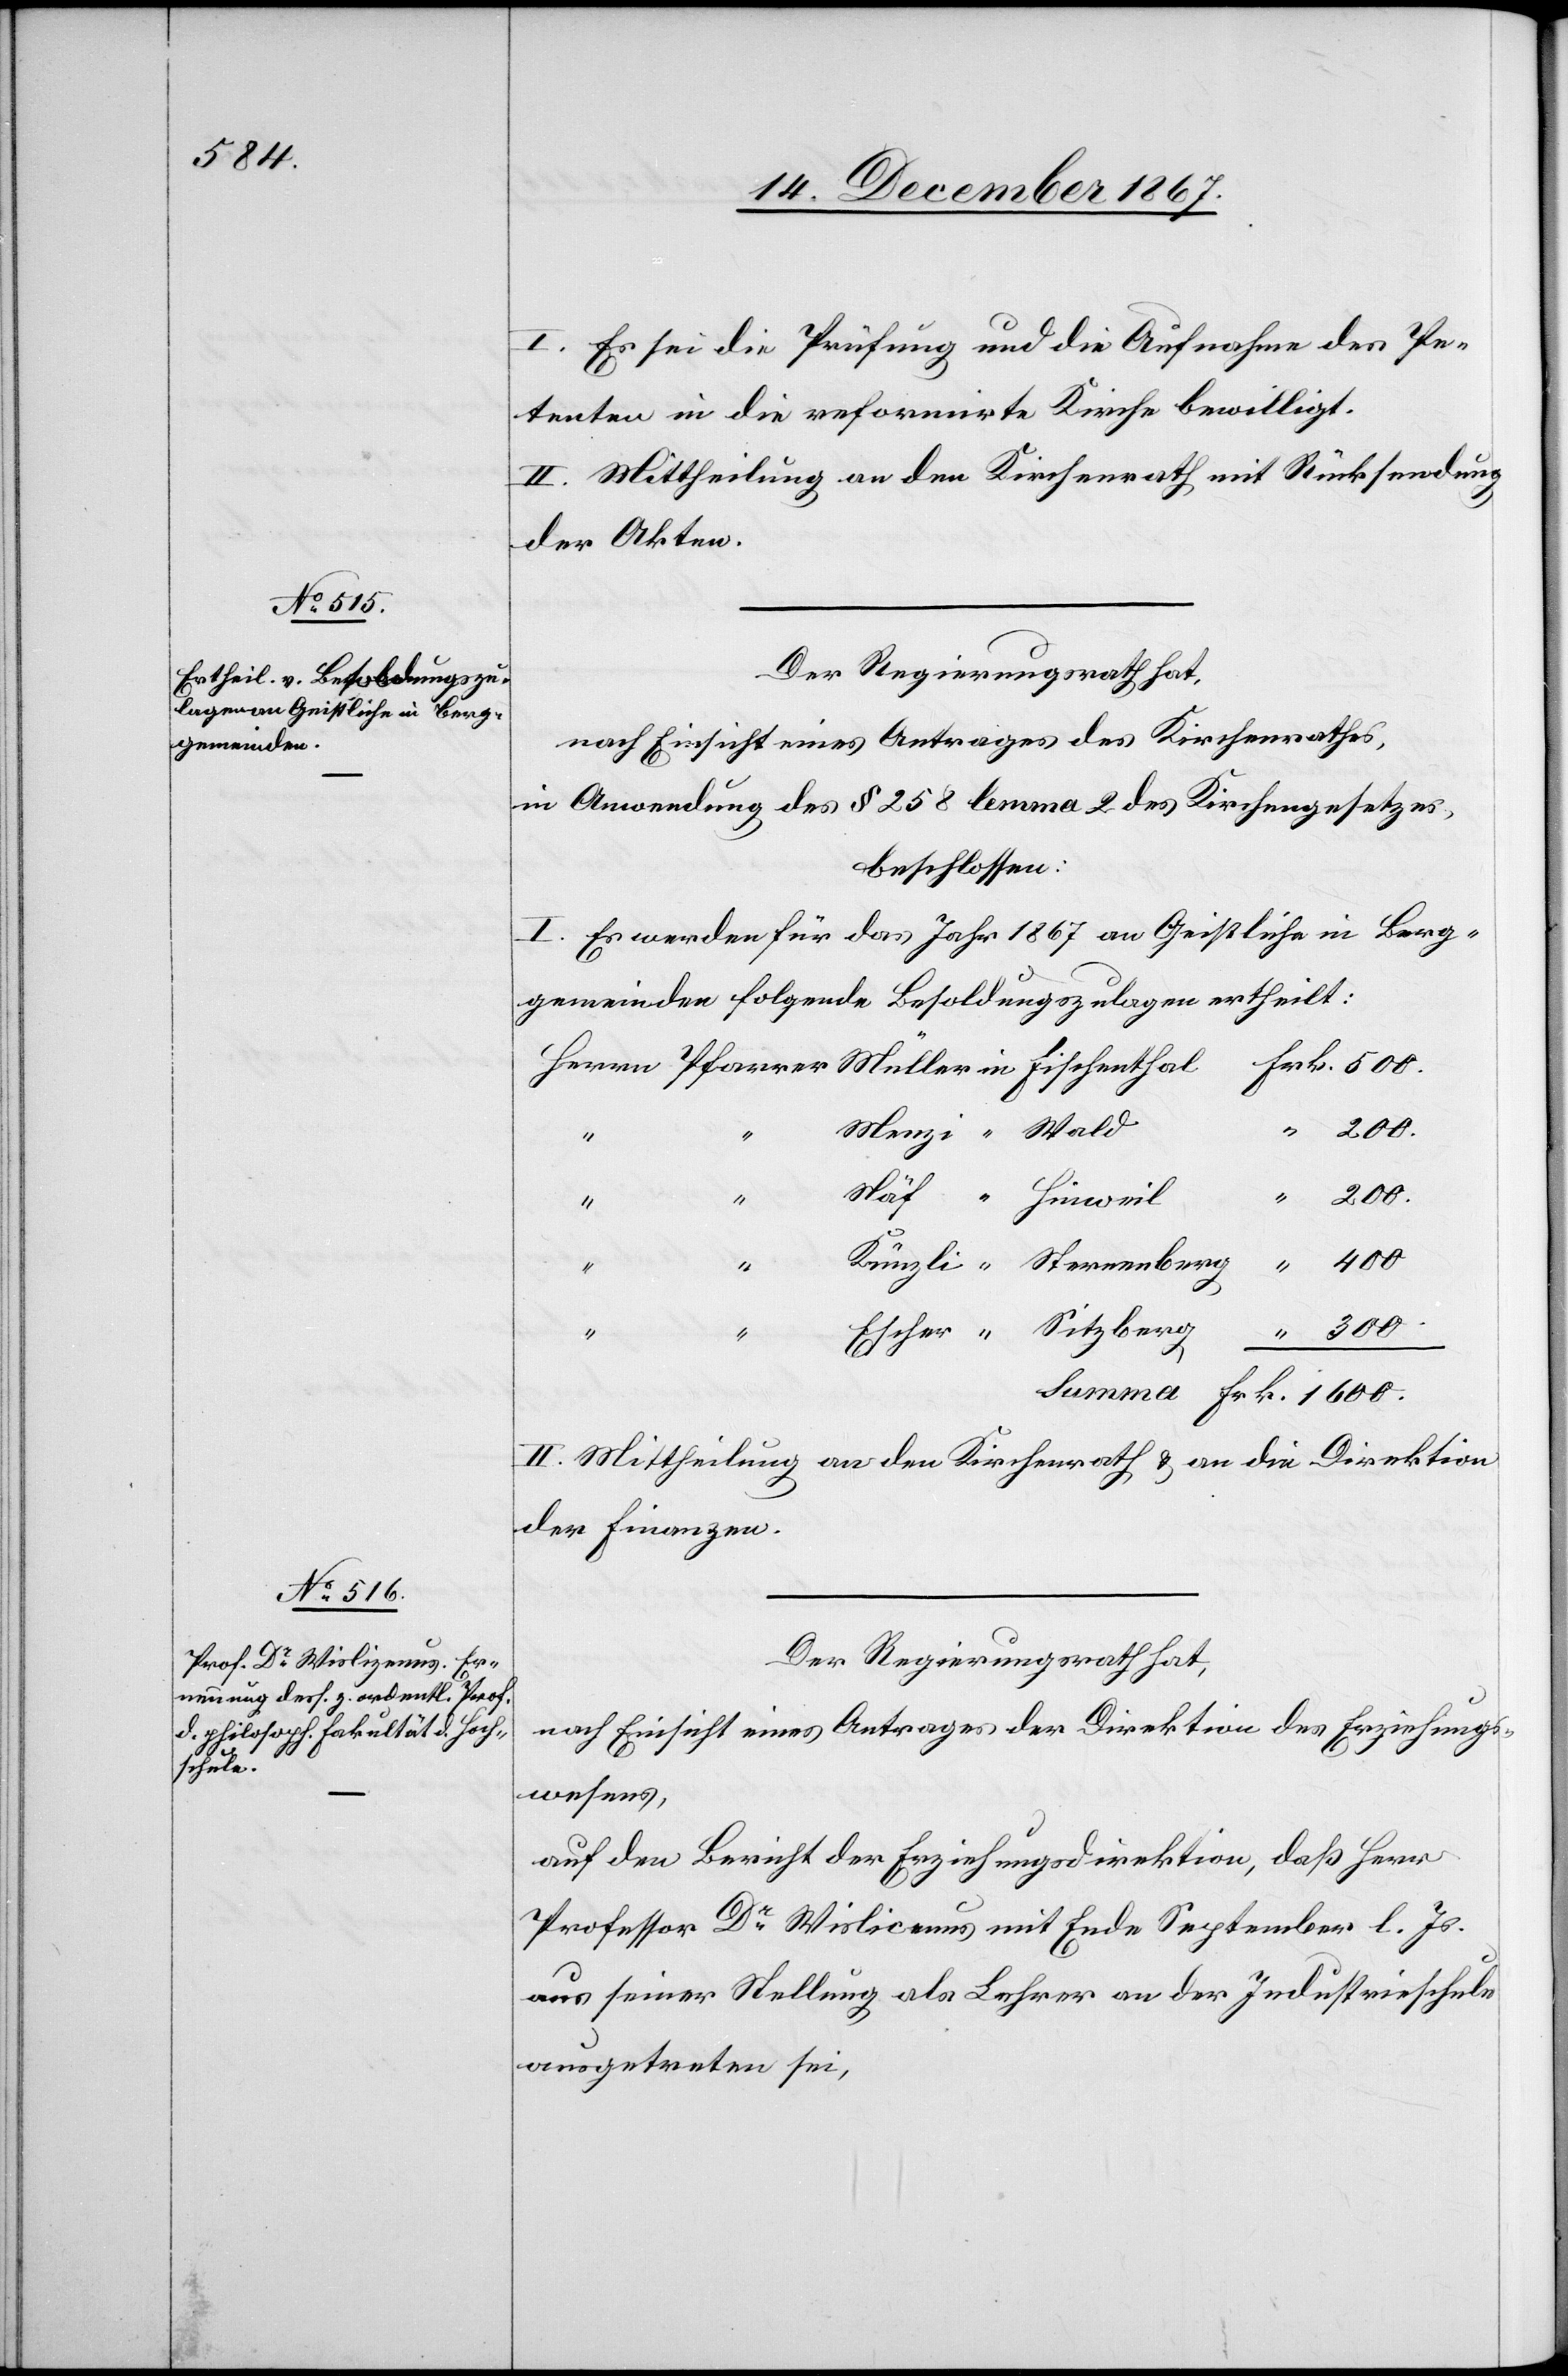
“
Escher

I. Es sei die Prüfung und die Aufnahme des Pe¬
tenten in die reformirte Kirche bewilligt.
II. Mittheilung an den Kirchenrath mit Rücksendung
der Akten.
Der Regierungsrath hat,
nach Einsicht eines Antrages des Kirchenrathes,
in Anwendung des § 257 lemma 2 des Kirchengesetzes,
beschlossen:
I. Es werden für das Jahr 1867 an Geistliche in Berg¬
gemeinden folgende Besoldungszulagen ertheilt:
200.
Näf
Hinweil
400.
II. Mittheilung an den Kirchenrath u. an die Direktion
der Finanzen.
Der Regierungsrath hat,
nach Einsicht eines Antrages der Direktion des Erziehungs¬
wesens,
auf den Bericht der Erziehungsdirektion, daß Herr
Professor Dr Wislicenus [sic!] mit Ende September l. Js.
aus seiner Stellung als Lehrer an der Industrieschule
ausgetreten sei,